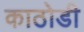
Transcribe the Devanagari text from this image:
काठोडी